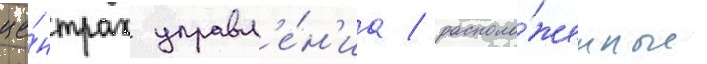
це́нтрах управл'е́н'иа / располо́женные